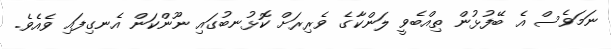
ނަމަވެސް އެ ބޭފުޅުން ތިއްބެވީ ލަންކާގެ ވެރިރަށް ކޮޅުނބުގައި ނޫންކަން އެނގިފައި ވެއެވެ.